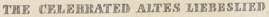
THE CELEBRATED ALTES LIEBESLIED